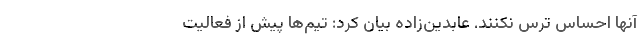
آنها احساس ترس نکنند. عابدین‌زاده بیان کرد: تیم‌ها‌ پیش از فعالیت